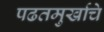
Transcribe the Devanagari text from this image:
पढतमुर्खाचे